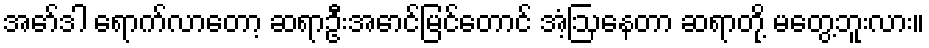
အော်ဒါ ရောက်လာတော့ ဆရာဦးအောင်မြင်တောင် အံ့ဩနေတာ ဆရာတို့ မတွေ့ဘူးလား။